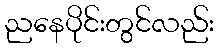
ညနေပိုင်းတွင်လည်း